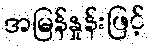
အမြန်နှုန်းဖြင့်